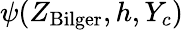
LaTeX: \psi(Z_{\mathrm{Bilger}},h,Y_{c})